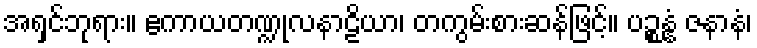
အရှင်ဘုရား။ ဧကာယတဏ္ဍုလနာဠိယာ၊ တကွမ်းစားဆန်ဖြင့်။ ပဉ္စန္နံ ဇနာနံ၊